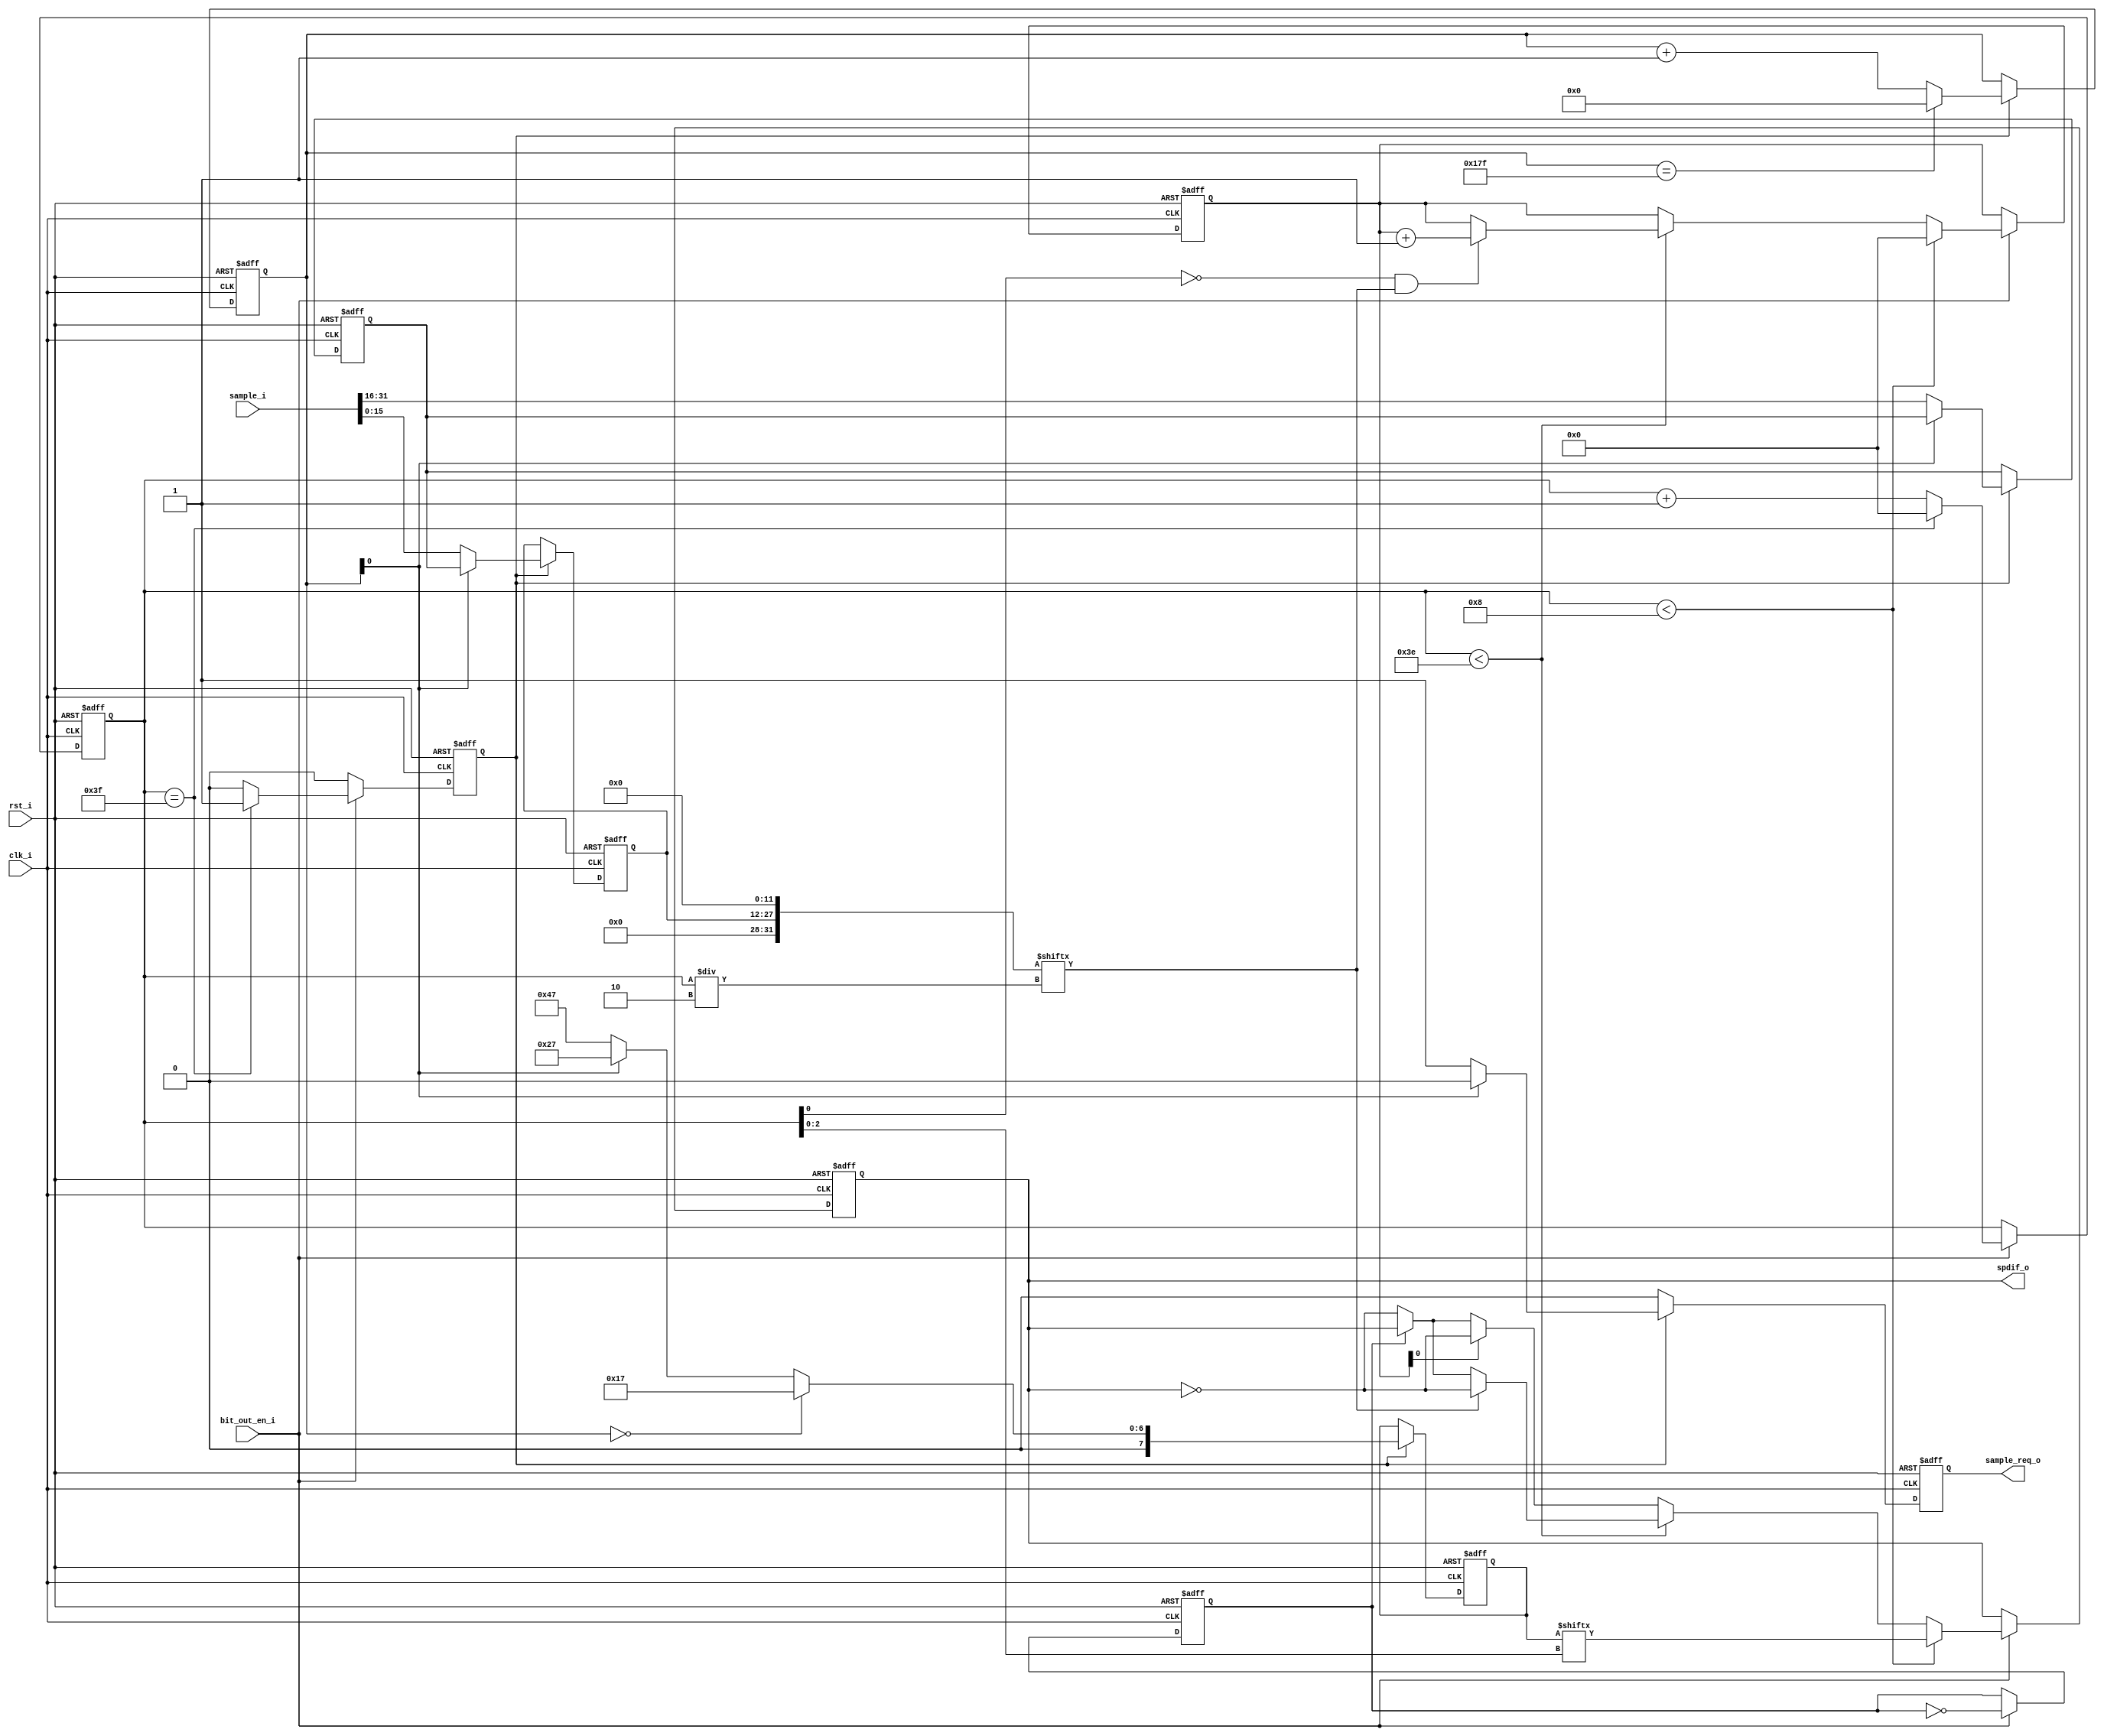
//-----------------------------------------------------------------
//                        SPDIF Transmitter
//                              V0.1
//                        Ultra-Embedded.com
//                          Copyright 2012
//
//
//                         License: GPL
// If you would like a version with a more permissive license for
// use in closed source commercial applications please contact me
// for details.
//-----------------------------------------------------------------
//
// This file is open source HDL; you can redistribute it and/or 
// modify it under the terms of the GNU General Public License as 
// published by the Free Software Foundation; either version 2 of 
// the License, or (at your option) any later version.
//
// This file is distributed in the hope that it will be useful,
// but WITHOUT ANY WARRANTY; without even the implied warranty of
// MERCHANTABILITY or FITNESS FOR A PARTICULAR PURPOSE.  See the
// GNU General Public License for more details.
//
// You should have received a copy of the GNU General Public 
// License along with this file; if not, write to the Free Software
// Foundation, Inc., 59 Temple Place, Suite 330, Boston, MA 02111-1307
// USA
//-----------------------------------------------------------------
module spdif_core
(
    input           clk_i,
    input           rst_i,

    // SPDIF bit output enable
    // Single cycle pulse synchronous to clk_i which drives
    // the output bit rate.
    // For 44.1KHz, 441003222 = 5,644,800Hz
    // For 48KHz,   480003222 = 6,144,000Hz
    input           bit_out_en_i,

    // Output
    output          spdif_o,

    // Audio interface (16-bit x 2 = RL)
    input [31:0]    sample_i,
    output reg      sample_req_o
);

//-----------------------------------------------------------------
// Registers
//-----------------------------------------------------------------
reg [15:0]  audio_sample_q;
reg [8:0]   subframe_count_q;

reg         load_subframe_q;
reg [7:0]   preamble_q;
wire [31:0] subframe_w;

reg [5:0]   bit_count_q;
reg         bit_toggle_q;

// Xilinx: Place output flop in IOB
//synthesis attribute IOB of spdif_out_q is "TRUE"
reg         spdif_out_q;

reg [5:0]   parity_count_q;

//-----------------------------------------------------------------
// Subframe Counter
//-----------------------------------------------------------------
always @ (posedge rst_i or posedge clk_i )
begin
    if (rst_i == 1'b1)
        subframe_count_q    <= 9'd0;
    else if (load_subframe_q)
    begin
        // 192 frames (384 subframes) in an audio block
        if (subframe_count_q == 9'd383)
            subframe_count_q <= 9'd0;
        else
            subframe_count_q <= subframe_count_q + 9'd1;
    end
end

//-----------------------------------------------------------------
// Sample capture
//-----------------------------------------------------------------
reg [15:0] sample_buf_q;

always @ (posedge rst_i or posedge clk_i )
begin
   if (rst_i == 1'b1)
   begin
        audio_sample_q      <= 16'h0000;
        sample_buf_q        <= 16'h0000;
        sample_req_o        <= 1'b0;
   end
   else if (load_subframe_q)
   begin
        // Start of frame (first subframe)?
        if (subframe_count_q[0] == 1'b0)
        begin
            // Use left sample
            audio_sample_q <= sample_i[15:0];

            // Store right sample
            sample_buf_q <= sample_i[31:16];

            // Request next sample
            sample_req_o <= 1'b1;
        end
        else
        begin
            // Use right sample
            audio_sample_q <= sample_buf_q;

            sample_req_o <= 1'b0;
        end
   end
   else
        sample_req_o <= 1'b0;
end

// Timeslots 3 - 0 = Preamble
assign subframe_w[3:0] = 4'b0000;

// Timeslots 7 - 4 = 24-bit audio LSB
assign subframe_w[7:4] = 4'b0000;

// Timeslots 11 - 8 = 20-bit audio LSB
assign subframe_w[11:8] = 4'b0000;

// Timeslots 27 - 12 = 16-bit audio
assign subframe_w[27:12] = audio_sample_q;

// Timeslots 28 = Validity
assign subframe_w[28] = 1'b0; // Valid

// Timeslots 29 = User bit
assign subframe_w[29] = 1'b0;

// Timeslots 30 = Channel status bit
assign subframe_w[30] = 1'b0;

// Timeslots 31 = Even Parity bit (31:4)
assign subframe_w[31] = 1'b0;

//-----------------------------------------------------------------
// Preamble
//-----------------------------------------------------------------
localparam PREAMBLE_Z = 8'b00010111;
localparam PREAMBLE_Y = 8'b00100111;
localparam PREAMBLE_X = 8'b01000111;

reg [7:0] preamble_r;

always @ *
begin
    // Start of audio block?
    // Z(B) - Left channel
    if (subframe_count_q == 9'd0)
        preamble_r = PREAMBLE_Z; // Z(B)
    // Right Channel?
    else if (subframe_count_q[0] == 1'b1)
        preamble_r = PREAMBLE_Y; // Y(W)
    // Left Channel (but not start of block)?
    else
        preamble_r = PREAMBLE_X; // X(M)
end

always @ (posedge rst_i or posedge clk_i )
if (rst_i == 1'b1)
    preamble_q  <= 8'h00;
else if (load_subframe_q)
    preamble_q  <= preamble_r;

//-----------------------------------------------------------------
// Parity Counter
//-----------------------------------------------------------------
always @ (posedge rst_i or posedge clk_i )
begin
   if (rst_i == 1'b1)
   begin
        parity_count_q  <= 6'd0;
   end
   // Time to output a bit?
   else if (bit_out_en_i)
   begin
        // Preamble bits?
        if (bit_count_q < 6'd8)
        begin
            parity_count_q  <= 6'd0;
        end
        // Normal timeslots
        else if (bit_count_q < 6'd62)
        begin
            // On first pass through this timeslot, count number of high bits
            if (bit_count_q[0] == 0 && subframe_w[bit_count_q / 2] == 1'b1)
                parity_count_q <= parity_count_q + 6'd1;
        end
   end
end

//-----------------------------------------------------------------
// Bit Counter
//-----------------------------------------------------------------
always @ (posedge rst_i or posedge clk_i)
begin
    if (rst_i == 1'b1)
    begin
        bit_count_q     <= 6'b0;
        load_subframe_q <= 1'b1;
    end
    // Time to output a bit?
    else if (bit_out_en_i)
    begin
        // 32 timeslots (x2 for double frequency)
        if (bit_count_q == 6'd63)
        begin
            bit_count_q     <= 6'd0;
            load_subframe_q <= 1'b1;
        end
        else
        begin
            bit_count_q     <= bit_count_q + 6'd1;
            load_subframe_q <= 1'b0;
        end
    end
    else
        load_subframe_q <= 1'b0;
end

//-----------------------------------------------------------------
// Bit half toggle
//-----------------------------------------------------------------
always @ (posedge rst_i or posedge clk_i)
if (rst_i == 1'b1)
    bit_toggle_q    <= 1'b0;
// Time to output a bit?
else if (bit_out_en_i)
    bit_toggle_q <= ~bit_toggle_q;

//-----------------------------------------------------------------
// Output bit (BMC encoded)
//-----------------------------------------------------------------
reg bit_r;

always @ *
begin
    bit_r = spdif_out_q;

    // Time to output a bit?
    if (bit_out_en_i)
    begin
        // Preamble bits?
        if (bit_count_q < 6'd8)
        begin
            bit_r = preamble_q[bit_count_q[2:0]];
        end
        // Normal timeslots
        else if (bit_count_q < 6'd62)
        begin
            if (subframe_w[bit_count_q / 2] == 1'b0)
            begin
                if (bit_toggle_q == 1'b0)
                    bit_r = ~spdif_out_q;
                else
                    bit_r = spdif_out_q;
            end
            else
                bit_r = ~spdif_out_q;
        end
        // Parity timeslot
        else
        begin
            // Even number of high bits, make odd
            if (parity_count_q[0] == 1'b0)
            begin
                if (bit_toggle_q == 1'b0)
                    bit_r = ~spdif_out_q;
                else
                    bit_r = spdif_out_q;
            end
            else
                bit_r = ~spdif_out_q;
        end
    end
end

always @ (posedge rst_i or posedge clk_i )
if (rst_i == 1'b1)
    spdif_out_q <= 1'b0;
else
    spdif_out_q <= bit_r;

assign spdif_o  = spdif_out_q;

endmodule
//-----------------------------------------------------------------
//                        SPDIF Transmitter
//                              V0.1
//                        Ultra-Embedded.com
//                          Copyright 2012
//
//
//                         License: GPL
// If you would like a version with a more permissive license for
// use in closed source commercial applications please contact me
// for details.
//-----------------------------------------------------------------
//
// This file is open source HDL; you can redistribute it and/or 
// modify it under the terms of the GNU General Public License as 
// published by the Free Software Foundation; either version 2 of 
// the License, or (at your option) any later version.
//
// This file is distributed in the hope that it will be useful,
// but WITHOUT ANY WARRANTY; without even the implied warranty of
// MERCHANTABILITY or FITNESS FOR A PARTICULAR PURPOSE.  See the
// GNU General Public License for more details.
//
// You should have received a copy of the GNU General Public 
// License along with this file; if not, write to the Free Software
// Foundation, Inc., 59 Temple Place, Suite 330, Boston, MA 02111-1307
// USA
//-----------------------------------------------------------------
module spdif

//-----------------------------------------------------------------
// Params
//-----------------------------------------------------------------
#(
    parameter CLK_RATE_KHZ          = 50000,
    parameter AUDIO_RATE            = 44100,
    parameter AUDIO_CLK_SRC         = "EXTERNAL", // INTERNAL or EXTERNAL

    // Generated params
    parameter WHOLE_CYCLES          = (CLK_RATE_KHZ*1000) / (AUDIO_RATE*128),
    parameter ERROR_BASE            = 10000,
    parameter [63:0] ERRORS_PER_BIT = ((CLK_RATE_KHZ * 1000 * ERROR_BASE) / (AUDIO_RATE*128)) - (WHOLE_CYCLES * ERROR_BASE)
)

//-----------------------------------------------------------------
// Ports
//-----------------------------------------------------------------
(
    input           clk_i,
    input           rst_i,

    // Audio clock source (only used when AUDIO_CLK_SRC=EXTERNAL)
    input           audio_clk_i,

    // Output
    output          spdif_o,

    // Audio interface (16-bit x 2 = RL)
    input [31:0]    sample_i,
    output          sample_req_o
);

//-----------------------------------------------------------------
// External clock source
//-----------------------------------------------------------------
wire    bit_clock_w;
generate 
if (AUDIO_CLK_SRC == "EXTERNAL")
begin
    // Toggling flop in audio_clk_i domain
    reg toggle_aud_clk_q;

    always @ (posedge rst_i or posedge audio_clk_i)
    if (rst_i)
        toggle_aud_clk_q <= 1'b0;
    else
        toggle_aud_clk_q <= ~toggle_aud_clk_q;

    // Resync toggle_aud_clk_q to clk_i domain
    reg resync_toggle_ms_q;
    reg resync_toggle_q;

    always @ (posedge rst_i or posedge clk_i)
        if (rst_i)
        begin
            resync_toggle_ms_q  <= 1'b0;
            resync_toggle_q     <= 1'b0;
        end
        else
        begin
            resync_toggle_ms_q  <= toggle_aud_clk_q;
            resync_toggle_q     <= resync_toggle_ms_q;
        end

    reg last_toggle_q;
    always @ (posedge rst_i or posedge clk_i)
    if (rst_i)
        last_toggle_q   <= 1'b0;
    else
        last_toggle_q   <= resync_toggle_q;

    // Single cycle pulse on every rising edge of audio_clk_i
    assign bit_clock_w = last_toggle_q ^ resync_toggle_q;
end
//-----------------------------------------------------------------
// Internal clock source
//-----------------------------------------------------------------
else
begin
    reg [31:0]  count_q;
    reg [31:0]  error_q;
    reg         bit_clk_q;

    // Clock pulse generator
    always @ (posedge rst_i or posedge clk_i)
    begin
       if (rst_i)
       begin
            count_q     <= 32'd0;
            error_q     <= 32'd0;
            bit_clk_q   <= 1'b1;
       end
       else
       begin
            case (count_q)
            0 :
            begin
                bit_clk_q   <= 1'b1;
                count_q     <= count_q + 32'd1;
            end

            WHOLE_CYCLES-1:
            begin
                if (error_q < (ERROR_BASE - ERRORS_PER_BIT))
                begin
                    error_q <= error_q + ERRORS_PER_BIT;
                    count_q <= 32'd0;
                end
                else
                begin
                    error_q <= error_q + ERRORS_PER_BIT - ERROR_BASE;
                    count_q <= count_q + 32'd1;
                end

                bit_clk_q   <= 1'b0;
            end

            WHOLE_CYCLES:
            begin
                count_q     <= 32'd0;
                bit_clk_q   <= 1'b0;
            end

            default:
            begin
                count_q     <= count_q + 32'd1;
                bit_clk_q   <= 1'b0;
            end
            endcase
       end
    end

    assign bit_clock_w = bit_clk_q;
end
endgenerate

//-----------------------------------------------------------------
// Core SPDIF
//-----------------------------------------------------------------
spdif_core
u_core
(
    .clk_i(clk_i),
    .rst_i(rst_i),

    .bit_out_en_i(bit_clock_w),

    .spdif_o(spdif_o),

    .sample_i(sample_i),
    .sample_req_o(sample_req_o)
);

endmodule